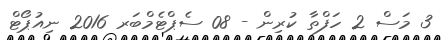
3 މަސް 2 ހަފްތާ ކުރިން - 08 ސެޕްޓެމްބަރ 2016 ނިއުޕޯޓް